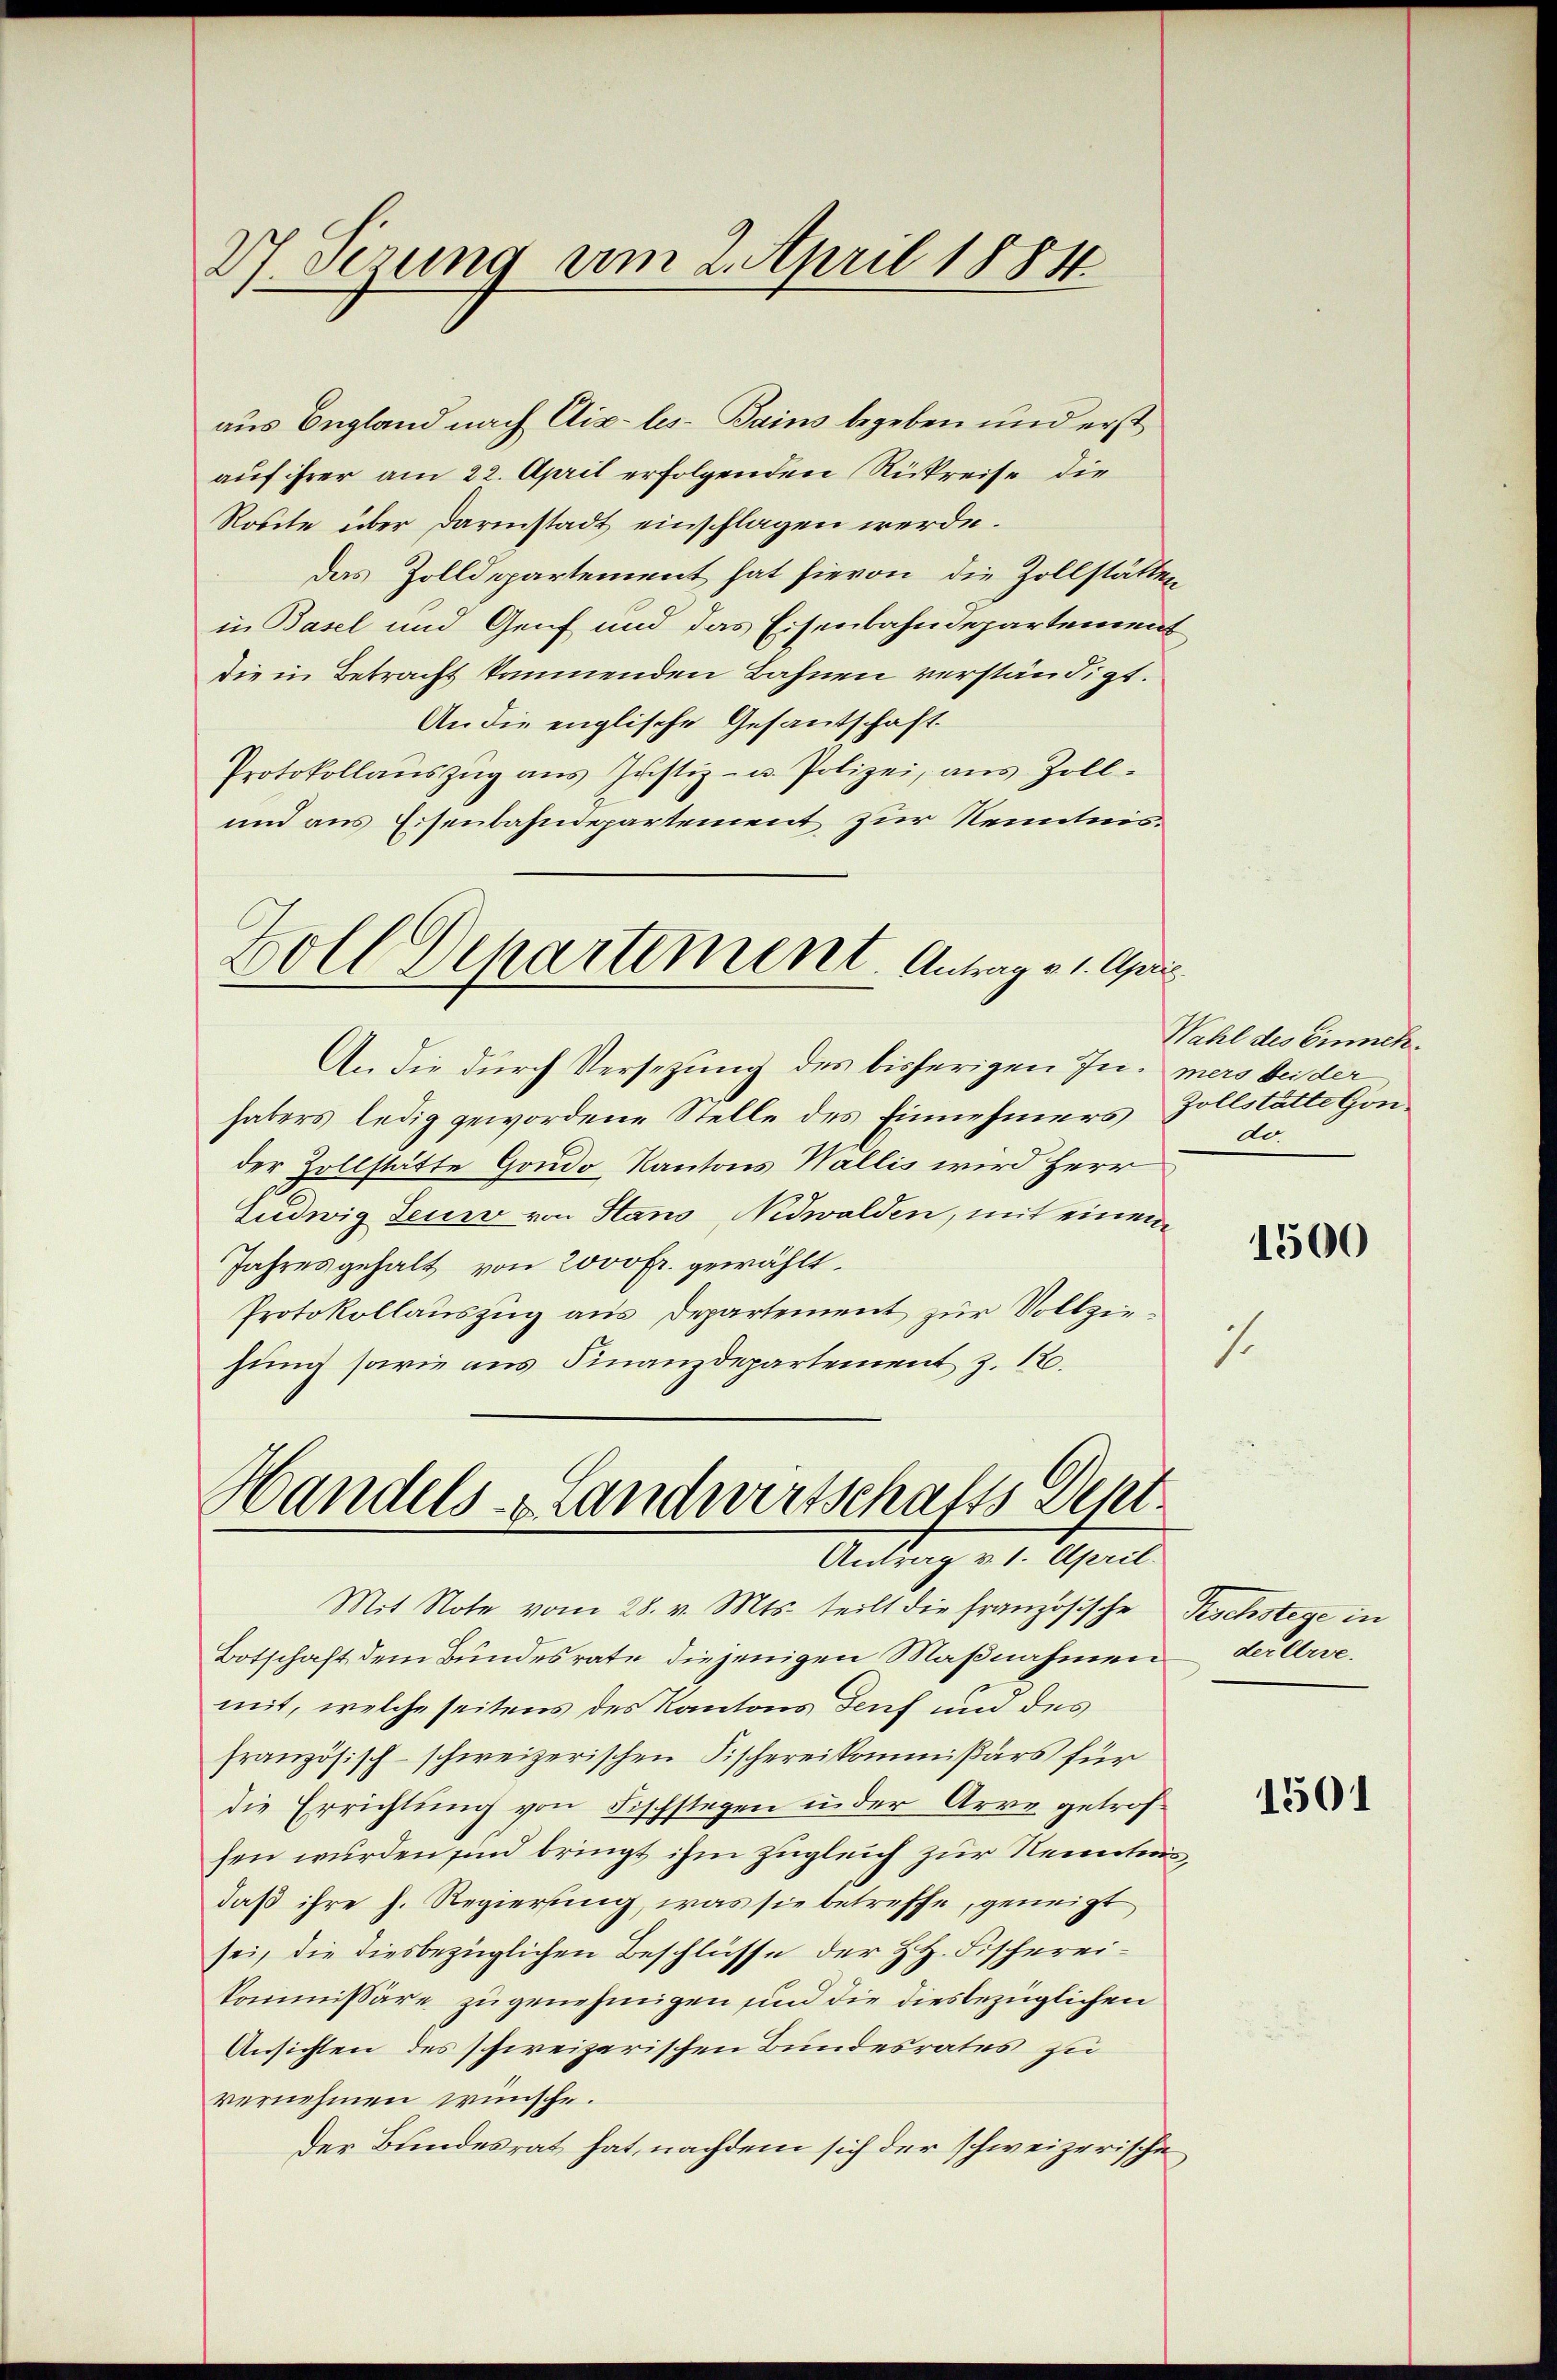
27 sezung am 2. April 1884

aus England nach Aix-les-Bains begeben und erst
auf ihrer am 22. April erfolgenden Rükreise die
Rosete über Darinstadt einschlagen werde.
das Zolldepartement hat hievon die Zollstätten
in Basel und Genf und das Eisenbahndepartement
die in Betracht kommenden Bahnen verständigt.
An die englische Gesandschaft
Protokollaŭszŭg ans Justiz- u. Polizei, aus Zoll-
und aus Eisenbahndepartement zur Kenntnis¬
Zoll Departement. Antrag v. 1. April

An die durch Versezung des bisherigen In- mers bei der
habers ledig gewordene Stelle des Einnehmers Zollstätte Gonder Zollstätte Gondo, Kantons Wallis wird Herr
Ludwig Feuer von Stans, Nidwalden, mit einem
Jahresgehalt von 2000 fr. gewählt.
Protokollauszug aus Departement zur Vollziehung sowie aus Finanzdepartement z. 12.

Handels- & Landwirtschafts Dept
Antrag v. 1. April.

Mit Note vom 28. v. Mts. teilt die französische
Botschaft dem Bundesrate diejenigen Maßnahmen
mit, welche seitens des Kantons Genf und des
französisch-schweizerischen Fischereikommißärs für
die Errichtung von Fischstagen in der Arre getrofsen wurden sind bringt ihm zugleich zur Kenntens,
daß ihre h. Regierung, was sie betreffe, geneigt
sei, die diesbezüglichen Beschlüsse der HH. Fischereikommissäre zu genehmigen sind die diesbezüglichen
Ansichten des schweizerischen Bundesrates zu
vernehmen wünsche.
Der Bundesrat hat, nachdem sich der schweizerische

Wahl des Einneh
do.

1500

Rschstege in
der Arse.

1501